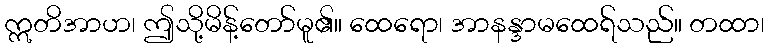
ဣတိအာဟ၊ ဤသို့မိန့်တော်မူ၏။ ထေရော၊ အာနန္ဒာမထေရ်သည်။ တထာ၊